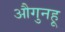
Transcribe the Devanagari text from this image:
औगुनहू